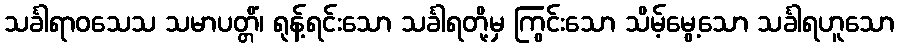
သင်္ခါရာဝသေသ သမာပတ္တိံ၊ ရုန့်ရင်းသော သင်္ခါရတို့မှ ကြွင်းသော သိမ့်မွေ့သော သင်္ခါရဟူသော